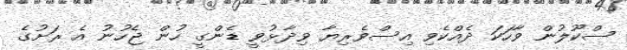
ސްކޫލުން ވާހަކަ ދެއްކެވި އިސްވެރިޔާ ވިދާޅުވީ ޑެންގީ ހުން ޖެހުނު އެ ރަށުގެ